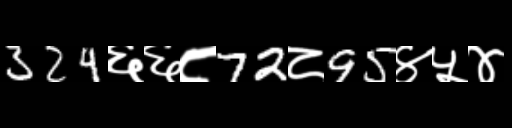
Text: 324६६८72८95४५४